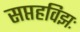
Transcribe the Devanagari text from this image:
सप्तहविझः